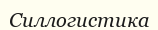
Силлогистика